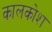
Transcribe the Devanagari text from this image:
कालकोश